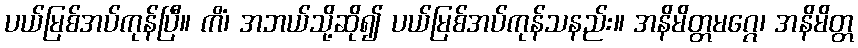
ပယ်မြစ်အပ်ကုန်ပြီ။ ကိံ၊ အဘယ်သို့ဆို၍ ပယ်မြစ်အပ်ကုန်သနည်း။ အနိမိတ္တမဂ္ဂေ၊ အနိမိတ္တ